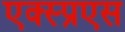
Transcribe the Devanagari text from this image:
एक्स्प्रएस